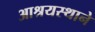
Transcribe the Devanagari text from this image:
आश्रयस्थाने